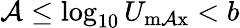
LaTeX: \mathcal{A}\le\log_{10}U_{\mathrm{{m\mathcal{A}x}}}<b